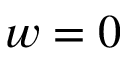
w = 0